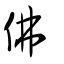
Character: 佛